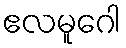
ဧလမူဂေါ